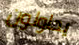
يحاولون